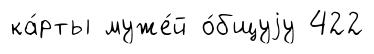
ка́рты муже́й о́бщуjу 422